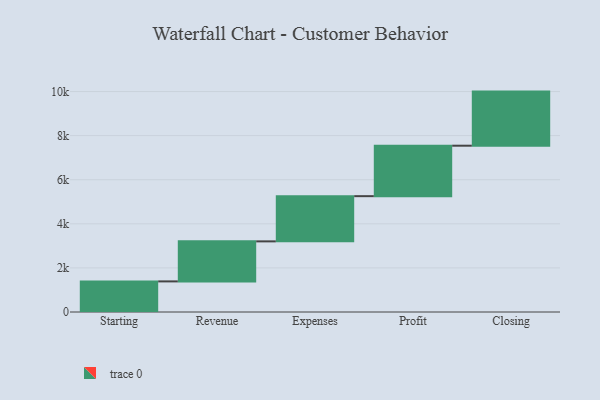
{"axis": {"x": "Step", "y": "Value"}, "legend": [""], "data": [{"x": "Starting", "y": 1388.0, "type": ""}, {"x": "Revenue", "y": 1816.0, "type": ""}, {"x": "Expenses", "y": 2051.0, "type": ""}, {"x": "Profit", "y": 2289.0, "type": ""}, {"x": "Closing", "y": 2454.0, "type": ""}]}